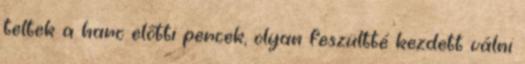
teltek a harc előtti percek, olyan feszültté kezdett válni